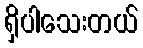
ရှိပါသေးတယ်